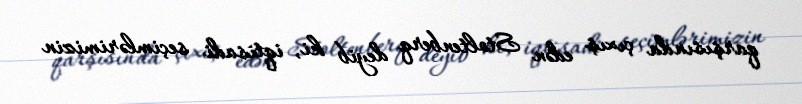
qarşısında çıxış edən Stoltenberq deyib ki, iqtisadi seçimlərimizin